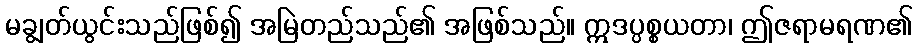
မချွတ်ယွင်းသည်ဖြစ်၍ အမြဲတည်သည်၏ အဖြစ်သည်။ ဣဒပ္ပစ္စယတာ၊ ဤဇရာမရဏ၏